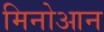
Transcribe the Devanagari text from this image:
मिनोआन